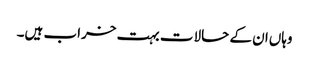
وہاں‌ان کے حالات بہت خراب ہیں۔